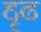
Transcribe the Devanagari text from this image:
द्दृढ